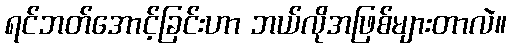
ရင်ဘတ်အောင့်ခြင်းဟာ ဘယ်လိုအဖြစ်များတာလဲ။